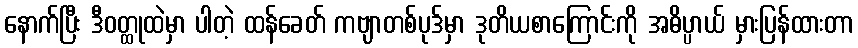
နောက်ပြီး ဒီဝတ္ထုထဲမှာ ပါတဲ့ ထန်ခေတ် ကဗျာတစ်ပုဒ်မှာ ဒုတိယစာကြောင်းကို အဓိပ္ပာယ် မှားပြန်ထားတာ